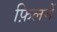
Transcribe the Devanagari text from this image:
फ़िलमें